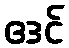
ဧဒင်